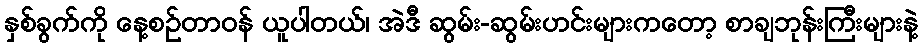
နှစ်ခွက်ကို နေ့စဉ်တာဝန် ယူပါတယ်၊ အဲဒီ ဆွမ်း-ဆွမ်းဟင်းများကတော့ စာချဘုန်းကြီးများနဲ့